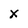
Character: X